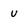
Character: u